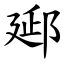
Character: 郔